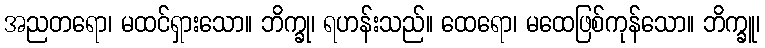
အညတရော၊ မထင်ရှားသော။ ဘိက္ခု၊ ရဟန်းသည်။ ထေရော၊ မထေဖြစ်ကုန်သော။ ဘိက္ခူ၊